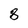
Character: 8